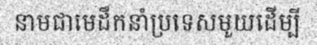
នាមជាមេដឹកនាំប្រទេសមួយដើម្បី